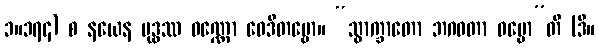
၁။၁၇၄) စ နယေန ဗုဒ္ဓဿ ဝဏ္ဏော ဝေဒိတဗ္ဗော။ “သွာက္ခာတော ဘဂဝတာ ဓမ္မော”တိ (ဒီ။